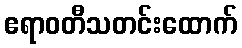
ဧရာဝတီသတင်းထောက်